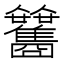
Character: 𩁰